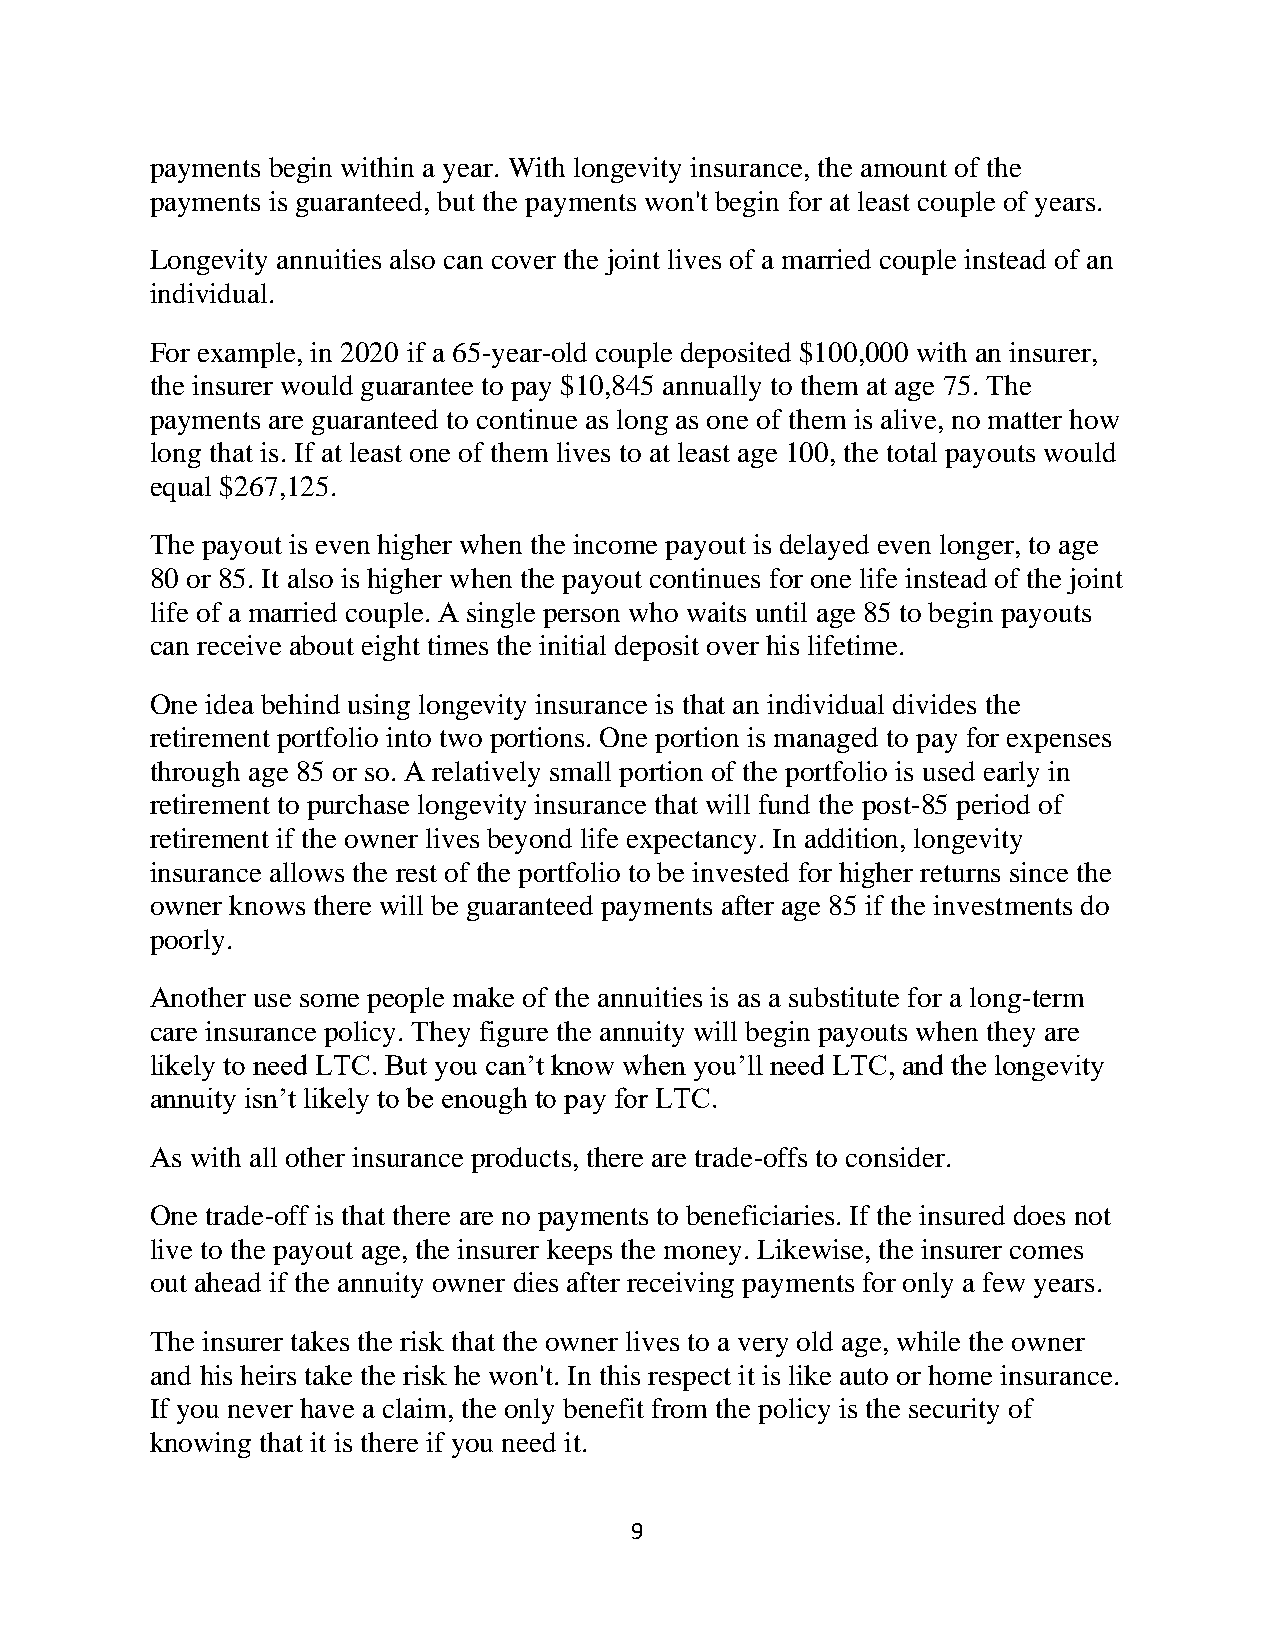
payments begin within a year. With longevity insurance, the amount of the
 payments is guaranteed, but the payments won't begin for at least couple of years.
 Longevity annuities also can cover the joint lives of a married couple instead of an
 individual.
 For example, in 2020 if a 65-year-old couple deposited $100,000 with an insurer,
 the insurer would guarantee to pay $10,845 annually to them at age 75. The
 payments are guaranteed to continue as long as one of them is alive, no matter how
 long that is. If at least one of them lives to at least age 100, the total payouts would
 equal $267,125.
 The payout is even higher when the income payout is delayed even longer, to age
 80 or 85. It also is higher when the payout continues for one life instead of the joint
 life of a married couple. A single person who waits until age 85 to begin payouts
 can receive about eight times the initial deposit over his lifetime.
 One idea behind using longevity insurance is that an individual divides the
 retirement portfolio into two portions. One portion is managed to pay for expenses
 through age 85 or so. A relatively small portion of the portfolio is used early in
 retirement to purchase longevity insurance that will fund the post-85 period of
 retirement if the owner lives beyond life expectancy. In addition, longevity
 insurance allows the rest of the portfolio to be invested for higher returns since the
 owner knows there will be guaranteed payments after age 85 if the investments do
 poorly.
 Another use some people make of the annuities is as a substitute for a long-term
 care insurance policy. They figure the annuity will begin payouts when they are
 likely to need LTC. But you can’t know when you’ll need LTC, and the longevity
 annuity isn’t likely to be enough to pay for LTC.
 As with all other insurance products, there are trade-offs to consider.
 One trade-off is that there are no payments to beneficiaries. If the insured does not
 live to the payout age, the insurer keeps the money. Likewise, the insurer comes
 out ahead if the annuity owner dies after receiving payments for only a few years.
 The insurer takes the risk that the owner lives to a very old age, while the owner
 and his heirs take the risk he won't. In this respect it is like auto or home insurance.
 If you never have a claim, the only benefit from the policy is the security of
 knowing that it is there if you need it.
 9